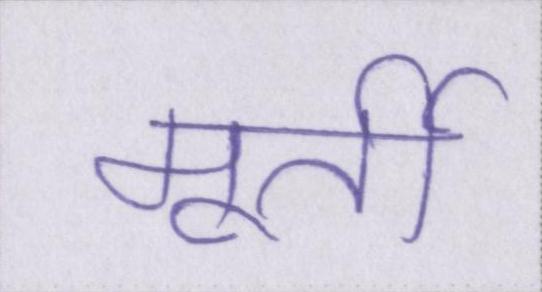
मूर्ती